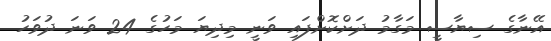
އޭނާގެ ސިޔާސީ މަގާމު ދަށްކޮށްފައި ވަނީ މިދިޔަ މަހުގެ 24 ވަނަ ދުވަހު